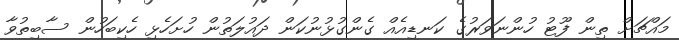
މައްޗަށް ތިން ފޫޓު ހުންނަވަރުގެ ކަނޑިއެއް ގެންގުޅުނުކަން ދައުލަތުން ހުށަހެޅި ހެކިބަހުން ސާބިތުވާ